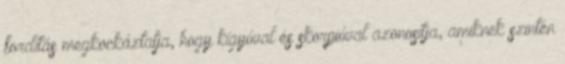
fordítás megkockáztatja, hogy kígyóval és skorpióval azonosítja, amiknek szintén